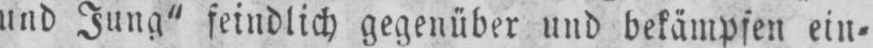
und Jung” feindlich gegenüber und bekämpfen ein⸗